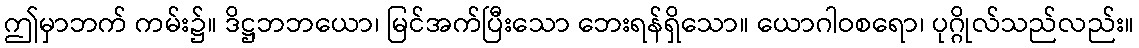
ဤမှာဘက် ကမ်း၌။ ဒိဋ္ဌဘဘယော၊ မြင်အက်ပြီးသော ဘေးရန်ရှိသော။ ယောဂါဝစရော၊ ပုဂ္ဂိုလ်သည်လည်း။